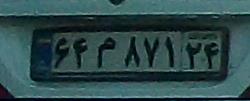
۶۴م۸۷۱۲۴